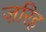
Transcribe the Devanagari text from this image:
ज़रिह